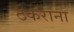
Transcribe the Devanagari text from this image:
ठकराना